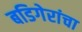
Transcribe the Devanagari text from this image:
बडिगेरांचा